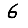
Digit: 6